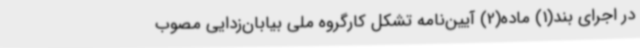
در اجرای بند(1) ماده(2) آیین‌نامه تشکل کارگروه ملی بیابان‌زدایی مصوب